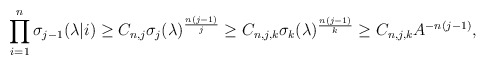
\begin{align*}\prod_{i=1}^n\sigma_{j-1}(\lambda|i)\geq C_{n,j}\sigma_{j}(\lambda)^{\frac{n(j-1)}{j}} \geq C_{n,j,k} \sigma_k(\lambda)^{\frac{n(j-1)}{k}} \geq C_{n,j,k}A^{-n(j-1)},\end{align*}